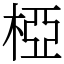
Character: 椏